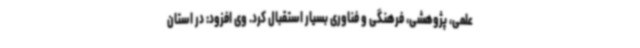
علمی، پژوهشی، فرهنگی و فناوری بسیار استقبال کرد. وی افزود: در استان